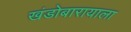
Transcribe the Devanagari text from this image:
खंडोबारायाला